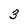
Character: 3